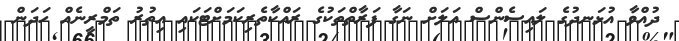
ދުއްވާ އުޅަނދުގެ ލައިސެންސް އަލަށް ނަގާ ފަރާތްތަކުގެ ރައްކާތެރިކަމަށްޓަކައި އިތުރު ތަމްރީނެއް ހަދަން